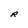
Character: R